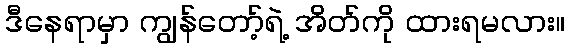
ဒီနေရာမှာ ကျွန်တော့်ရဲ့ အိတ်ကို ထားရမလား။